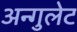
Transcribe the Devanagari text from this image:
अन्गुलेट